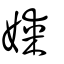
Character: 媒